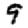
Digit: 9